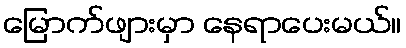
မြောက်ဖျားမှာ နေရာပေးမယ်။